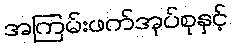
အကြမ်းဖက်အုပ်စုနှင့်